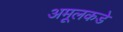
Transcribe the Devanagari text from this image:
अमूलकडे